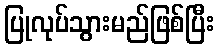
ပြုလုပ်သွားမည်ဖြစ်ပြီး